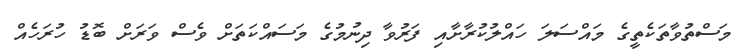
މަސްތުވާތަކެތީގެ މައްސަލަ ހައްލުކުރާށާއި ފަރުވާ ދިނުމުގެ މަސައްކަތަށް ވެސް ވަރަށް ބޮޑު ހުރަހެއް